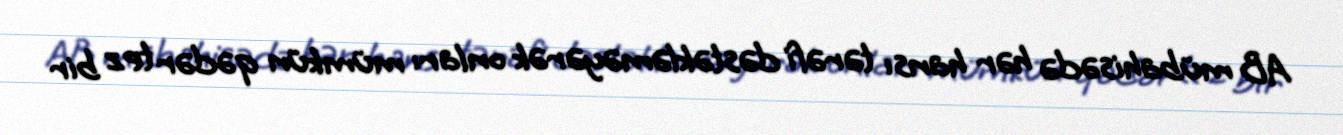
AB mübahisədə hər hansı tərəfi dəstəkləməyərək onları mümkün qədər tez bir